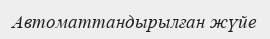
Автоматтандырылған жүйе